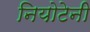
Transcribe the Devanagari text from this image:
नियोटेनी